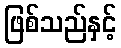
ဖြစ်သည်နှင့်